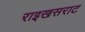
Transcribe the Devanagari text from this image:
राइखसराट